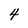
Character: 4